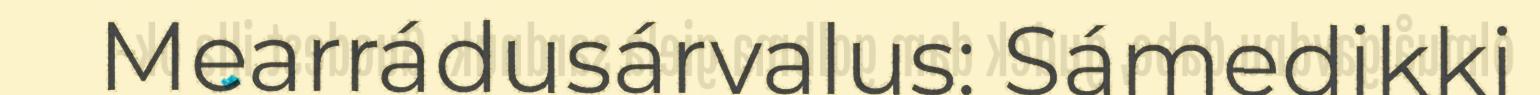
Mearrádusárvalus: Sámedikki